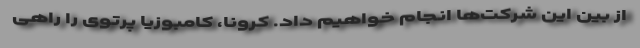
از بین این شرکت‌ها انجام خواهیم داد. کرونا، کامبوزیا پرتوی را راهی